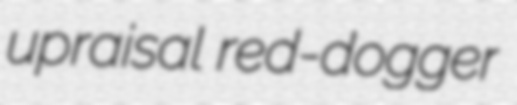
upraisal red-dogger